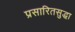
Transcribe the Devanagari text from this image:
प्रसारितसुद्धा